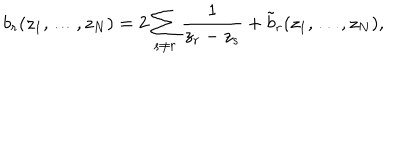
b _ { r } ( z _ { 1 } , \ldots , z _ { N } ) = 2 \sum _ { s \ne r } \frac { 1 } { z _ { r } - z _ { s } } + \tilde { b } _ { r } ( z _ { 1 } , \ldots , z _ { N } ) ,